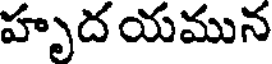
హృద యమున